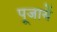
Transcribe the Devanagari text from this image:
पूजायें